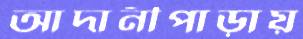
আদানীপাড়ায়